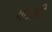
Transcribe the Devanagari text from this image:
गटानी